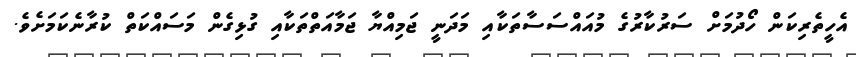
އެހީތެރިކަން ހޯދުމަށް ސަރުކާރުގެ މުއައްސަސާތަކާއި މަދަނީ ޖަމިއްޔާ ޖަމާއަތްތަކާއި ގުޅިގެން މަސައްކަތް ކުރާނެކަމަށެވެ.